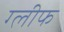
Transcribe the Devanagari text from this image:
ग्लीफ